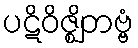
ပဋိဝိဇ္ဈိတဗ္ဗံ